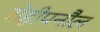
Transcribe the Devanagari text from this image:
रोहीपनौल